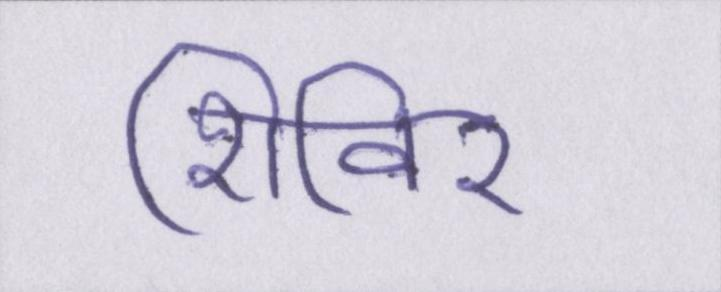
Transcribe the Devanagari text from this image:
शिविर